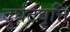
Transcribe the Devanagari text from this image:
दुर्घटवृत्ति